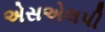
એસએલપી